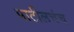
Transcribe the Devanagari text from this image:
पाटीलचंच